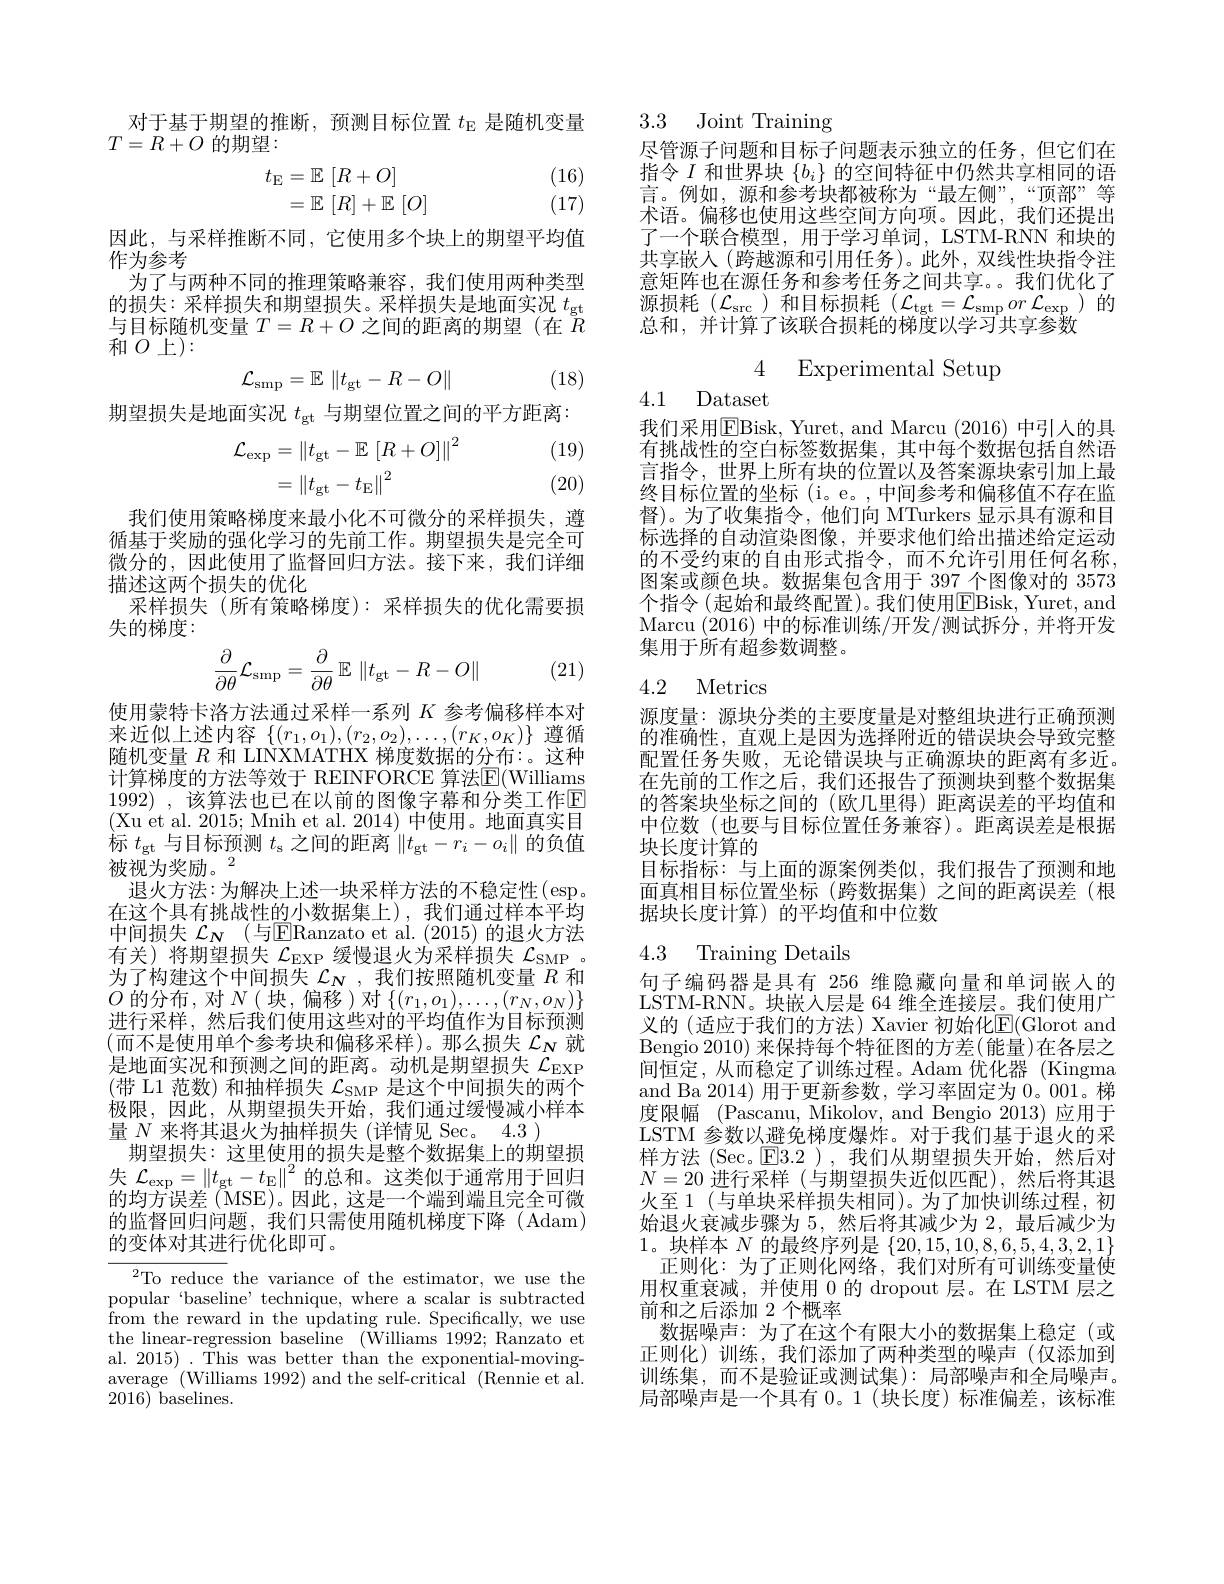
对于基于期望的推断，预测目标位置$t_\mathrm{E}$是随机变量
$T=R+O$的期望：
$$\begin{array}{l}t_\mathrm{E}=\mathbb{E}\:[R+O]\\=\mathbb{E}\:[R]+\mathbb{E}\:[O]\end{array}$$
(16) (17)

因此，与采样推断不同，它使用多个块上的期望平均值
作为参考
为了与两种不同的推理策略兼容，我们使用两种类型的损失：采样损失和期望损失。采样损失是地面实况$t_\mathrm{gt}$ 与目标随机变量$T=R+O$之间的距离的期望(在$R$ $\dot{\text{和 }O}$上):
$$\mathcal{L}_{\mathrm{smp}}=\mathbb{E}\:\|t_{\mathrm{gt}}-R-O\|$$
(18)

期望损失是地面实况$t_\mathrm{gt}$与期望位置之间的平方距离：

(19) (20)
$$\begin{aligned}\mathcal{L}_{\exp}&=\left\|t_{\mathrm{gt}}-\mathbb{E}\:\left[R+O\right]\right\|^{2}\\&=\left\|t_{\mathrm{gt}}-t_{\mathrm{E}}\right\|^{2}\end{aligned}$$
我们使用策略梯度来最小化不可微分的采样损失，遵循基于奖励的强化学习的先前工作。期望损失是完全可微分的，因此使用了监督回归方法。接下来，我们详细描述这两个损失的优化
采样损失(所有策略梯度):采样损失的优化需要损
失的梯度：
$$\frac{\partial}{\partial\theta}\mathcal{L}_{\mathrm{smp}}=\frac{\partial}{\partial\theta}\mathbb{E}\:\|t_{\mathrm{gt}}-R-O\|$$
(21)

使用蒙特卡洛方法通过采样一系列$K$参考偏移样本对来近似上述内容$\{(r_1,o_1),(r_2,o_2),\ldots,(r_K,o_K)\}$遵循随机变量$R$和 LINXMATHX 梯度数据的分布：。这种计算梯度的方法等效于 REINFORCE 算法$\mathbb{E}($Williams 1992),该算法也已在以前的图像字幕和分类工作回(Xu et al. 2015; Mnih et al. 2014) 中使用。地面真实目标$t_\mathrm{gt}$与目标预测$t_\mathrm{s}$之间的距离$\left\|t_\mathrm{gt}-r_i-o_i\right\|$的负值被视为奖励。$^2$
退火方法：为解决上述一块采样方法的不稳定性(esp。在这个具有挑战性的小数据集上),我们通过样本平均中间损失 $\mathcal{L}_N$ (与$\overline{\mathrm{E}}$Ranzato et al.(2015)的退火方法有关)将期望损失$\mathcal{L}_\mathrm{EXP}$缓慢退火为采样损失$\mathcal{L}_\mathrm{SMP}$。为了构建这个中间损失$\mathcal{L}_N$,我们按照随机变量$R$和$O$的分布，对$N\left(\text{ 块，偏移 }\right)$对$\{(r_1,o_1),\ldots,(r_N,o_N)\}$ 进行采样，然后我们使用这些对的平均值作为目标预测(而不是使用单个参考块和偏移采样)。那么损失 $\mathcal{L}_N$ 就是地面实况和预测之间的距离。动机是期望损失$\mathcal{L}_\mathrm{EXP}$ (带 L1 范数) 和抽样损失 $\mathcal{L}_\mathrm{SMP}$ 是这个中间损失的两个极限，因此，从期望损失开始，我们通过缓慢减小样本量$N$来将其退火为抽样损失(详情见 Sec。4.3 )
期望损失：这里使用的损失是整个数据集上的期望损失$\mathcal{L}_\mathrm{exp}=\|t_\mathrm{gt}-t_\mathrm{E}\|^2$的总和。这类似于通常用于回归的均方误差(MSE)。因此，这是一个端到端且完全可微的监督回归问题，我们只需使用随机梯度下降(Adam) 的变体对其进行优化即可。

$^2$To reduce the variance of the estimator, we use the $\underset{c}{\operatorname*{\text{popular 'baseline'technique,where a scalar is subtracted}}}$ from the reward in the updating rule. Specifically, we use the linear-regression baseline (Williams 1992; Ranzato et al. 2015) . This was better than the exponential-movingaverage $^\prime($Williams 1992) and the self-critical ( Rennie et al. 2016) baselines.

3.3 Joint Training

尽管源子问题和目标子问题表示独立的任务，但它们在指令$I$和世界块$\{b_i\}$的空间特征中仍然共享相同的语言。例如，源和参考块都被称为“最左侧”,“顶部”等术语。偏移也使用这些空间方向项。因此，我们还提出了一个联合模型，用于学习单词，LSTM-RNN 和块的共享嵌入(跨越源和引用任务)。此外，双线性块指令注意矩阵也在源任务和参考任务之间共享。我们优化了源损耗($\mathcal{L}_\mathrm{src}$)和目标损耗$(\mathcal{L}_\mathrm{tgt}=\mathcal{L}_\mathrm{smp}or\mathcal{L}_\mathrm{exp}$)的总和，并计算了该联合损耗的梯度以学习共享参数

4 Experimental Setup

4.1 Dataset

我们采用$\boxed{\mathrm{E}}$Bisk, Yuret, and Marcu (2016) 中引人的具有挑战性的空白标签数据集，其中每个数据包括自然语言指令，世界上所有块的位置以及答案源块索引加上最终目标位置的坐标(i。e。,中间参考和偏移值不存在监督)。为了收集指令，他们向 MTurkers 显示具有源和目标选择的自动渲染图像，并要求他们给出描述给定运动的不受约束的自由形式指令，而不允许引用任何名称， 图案或颜色块。数据集包含用于 397\_个图像对的 3573个指令 (起始和最终配置)。我们使用$\overline{\mathrm{E}}$Bisk, Yuret, and Marcu (2016)中的标准训练/开发/测试拆分，并将开发集用于所有超参数调整。

### 4.2 Metrics

源度量：源块分类的主要度量是对整组块进行正确预测的准确性，直观上是因为选择附近的错误块会导致完整配置任务失败，无论错误块与正确源块的距离有多近。在先前的工作之后，我们还报告了预测块到整个数据集的答案块坐标之间的(欧几里得)距离误差的平均值和中位数(也要与目标位置任务兼容)。距离误差是根据块长度计算的
目标指标：与上面的源案例类似，我们报告了预测和地面真相目标位置坐标(跨数据集)之间的距离误差(根据块长度计算)的平均值和中位数

### 4.3 Training Details

句子编码器是具有 256 维隐藏向量和单词嵌人的LSTM-RNN。块嵌入层是 64 维全连接层。我们使用广义的 (适应于我们的方法) Xavier 初始化E(Glorot and Bengio 2010) 来保持每个特征图的方差(能量)在各层之间恒定，从而稳定了训练过程。Adam 优化器 (Kingma and Ba 2014) 用于更新参数，学习率固定为0。001。梯度限幅 (Pascanu, Mikolov, and Bengio 2013) 应用于LSTM 参数以避免梯度爆炸。对于我们基于退火的采样方法(Sec。$\operatorname{E}$3.2),我们从期望损失开始，然后对$N=20$进行采样 (与期望损失近似匹配),然后将其退火至 1(与单块采样损失相同)。为了加快训练过程，初始退火衰减步骤为 5,然后将其减少为 2,最后减少为1。块样本 $N$ 的最终序列是$\{20,15,10,8,6,5,4,3,2,1\}$
正则化：为了正则化网络，我们对所有可训练变量使用权重衰减，并使用 0 的 dropout 层。在 LSTM 层之前和之后添加 2 个概率
数据噪声：为了在这个有限大小的数据集上稳定(或正则化)训练，我们添加了两种类型的噪声(仅添加到训练集，而不是验证或测试集): 局部噪声和全局噪声。局部噪声是一个具有 0。1(块长度)标准偏差，该标准